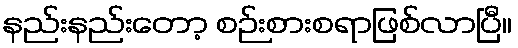
နည်းနည်းတော့ စဉ်းစားစရာဖြစ်လာပြီ။